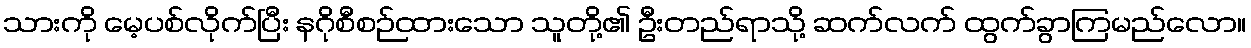
သားကို မေ့ပစ်လိုက်ပြီး နဂိုစီစဉ်ထားသော သူတို့၏ ဦးတည်ရာသို့ ဆက်လက် ထွက်ခွာကြမည်လော။